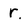
Character: r